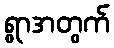
ရွာအတွက်